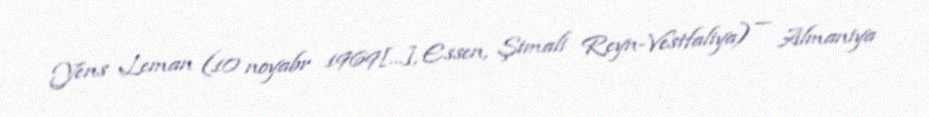
Yens Leman (10 noyabr 1969[…], Essen, Şimali Reyn-Vestfaliya) — Almaniya